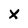
Character: X